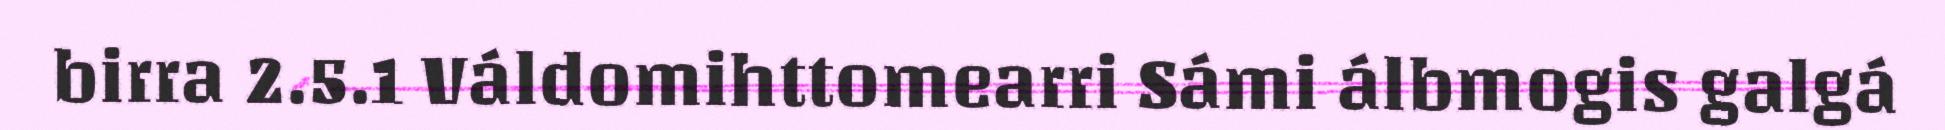
birra 2.5.1 Váldomihttomearri Sámi álbmogis galgá